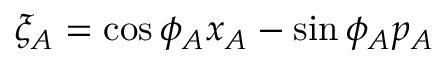
\xi _ { A } = \cos \phi _ { A } x _ { A } - \sin \phi _ { A } p _ { A }